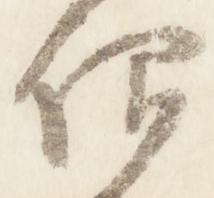
仰